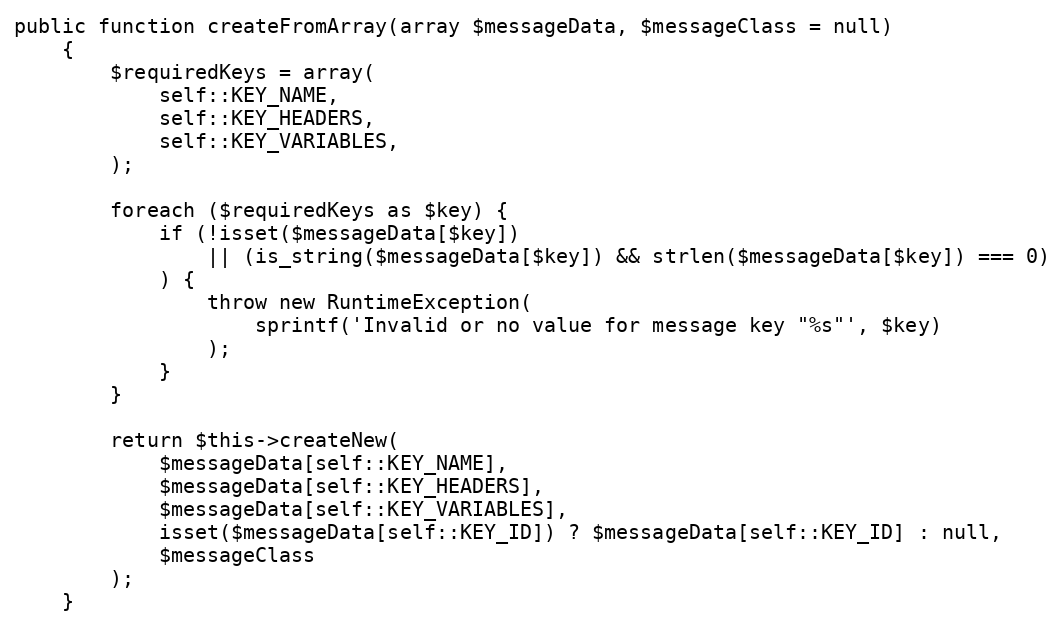
Language: PHP
public function createFromArray(array $messageData, $messageClass = null)
    {
        $requiredKeys = array(
            self::KEY_NAME,
            self::KEY_HEADERS,
            self::KEY_VARIABLES,
        );

        foreach ($requiredKeys as $key) {
            if (!isset($messageData[$key])
                || (is_string($messageData[$key]) && strlen($messageData[$key]) === 0)
            ) {
                throw new RuntimeException(
                    sprintf('Invalid or no value for message key "%s"', $key)
                );
            }
        }

        return $this->createNew(
            $messageData[self::KEY_NAME],
            $messageData[self::KEY_HEADERS],
            $messageData[self::KEY_VARIABLES],
            isset($messageData[self::KEY_ID]) ? $messageData[self::KEY_ID] : null,
            $messageClass
        );
    }